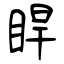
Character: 睅